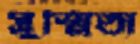
সুস্মিতা